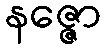
နဇ္ဇော